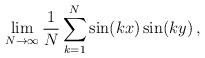
LaTeX: \begin{align*} \lim_{N\to\infty}\frac1N\sum_{k=1}^N\sin(kx)\sin(ky)\,, \end{align*}